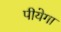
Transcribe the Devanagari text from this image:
पीयेगा